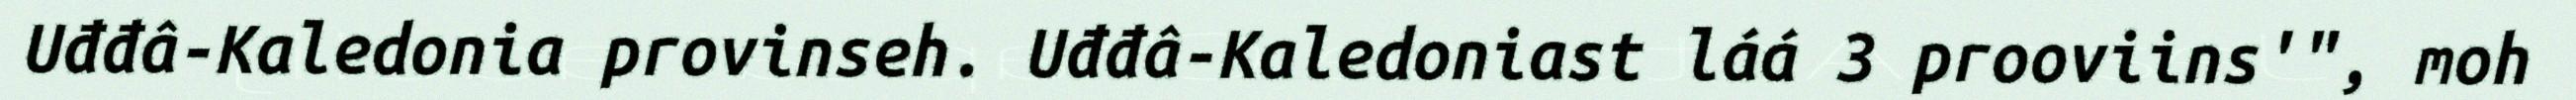
Uđđâ-Kaledonia provinseh. Uđđâ-Kaledoniast láá 3 prooviins'", moh